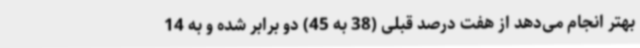
بهتر انجام می‌دهد از هفت درصد قبلی (38 به 45) دو برابر شده و به 14